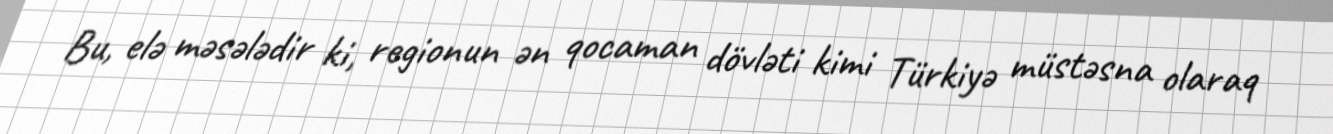
Bu, elə məsələdir ki, regionun ən qocaman dövləti kimi Türkiyə müstəsna olaraq